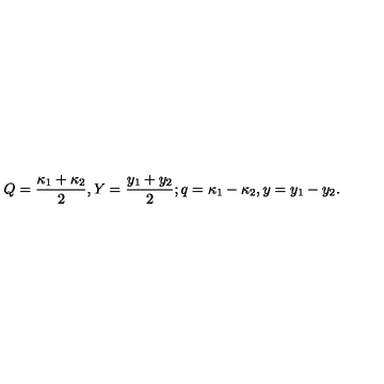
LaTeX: Q = { \frac { \kappa _ { 1 } + \kappa _ { 2 } } { 2 } } , Y = { \frac { y _ { 1 } + y _ { 2 } } { 2 } } ; q = \kappa _ { 1 } - \kappa _ { 2 } , y = y _ { 1 } - y _ { 2 } .